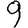
Digit: 9